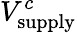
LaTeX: V_{\mathrm{supply}}^{c}